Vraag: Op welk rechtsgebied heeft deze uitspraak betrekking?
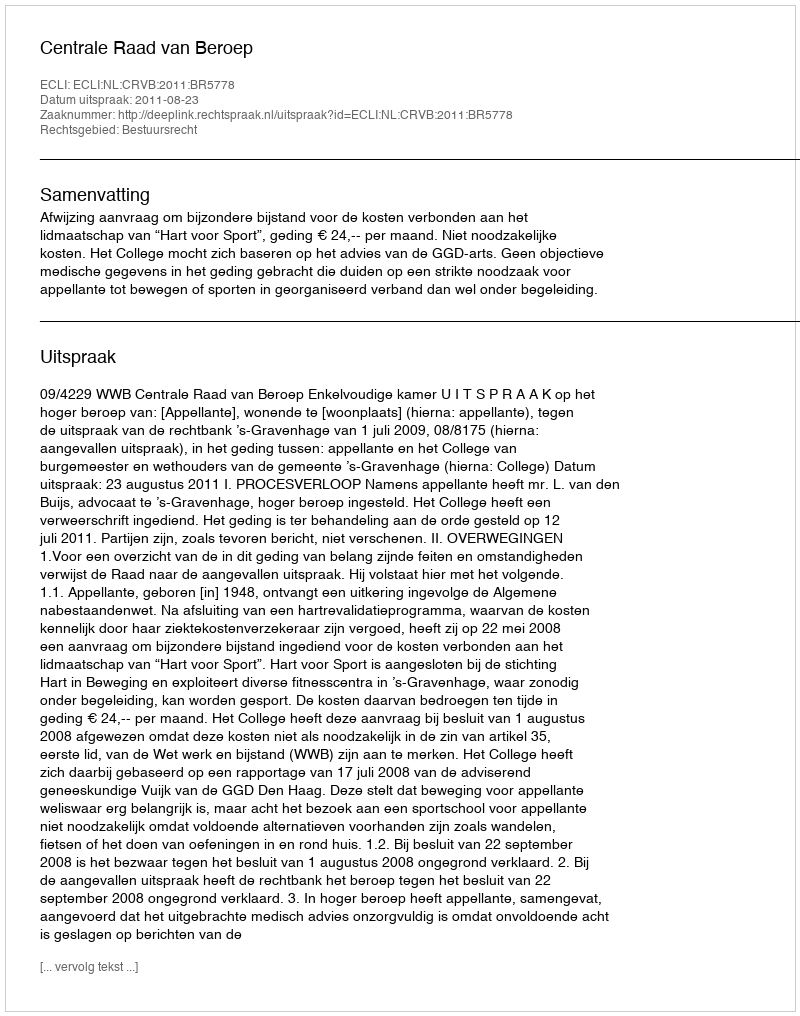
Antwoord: Bestuursrecht